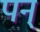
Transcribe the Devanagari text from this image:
पन्